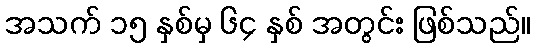
အသက် ၁၅ နှစ်မှ ၆၄ နှစ် အတွင်း ဖြစ်သည်။